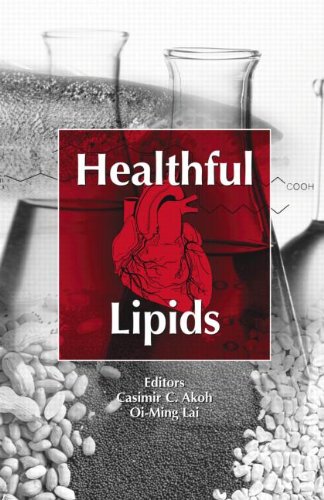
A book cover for Healthful Lipids; Casimir C. Akoh; Health, Fitness & Dieting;